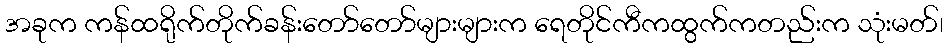
အခုက ကန်ထရိုက်တိုက်ခန်းတော်တော်များများက ရေတိုင်ကီကထွက်ကတည်းက သုံးမတ်၊